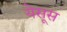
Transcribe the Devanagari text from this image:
येसूस